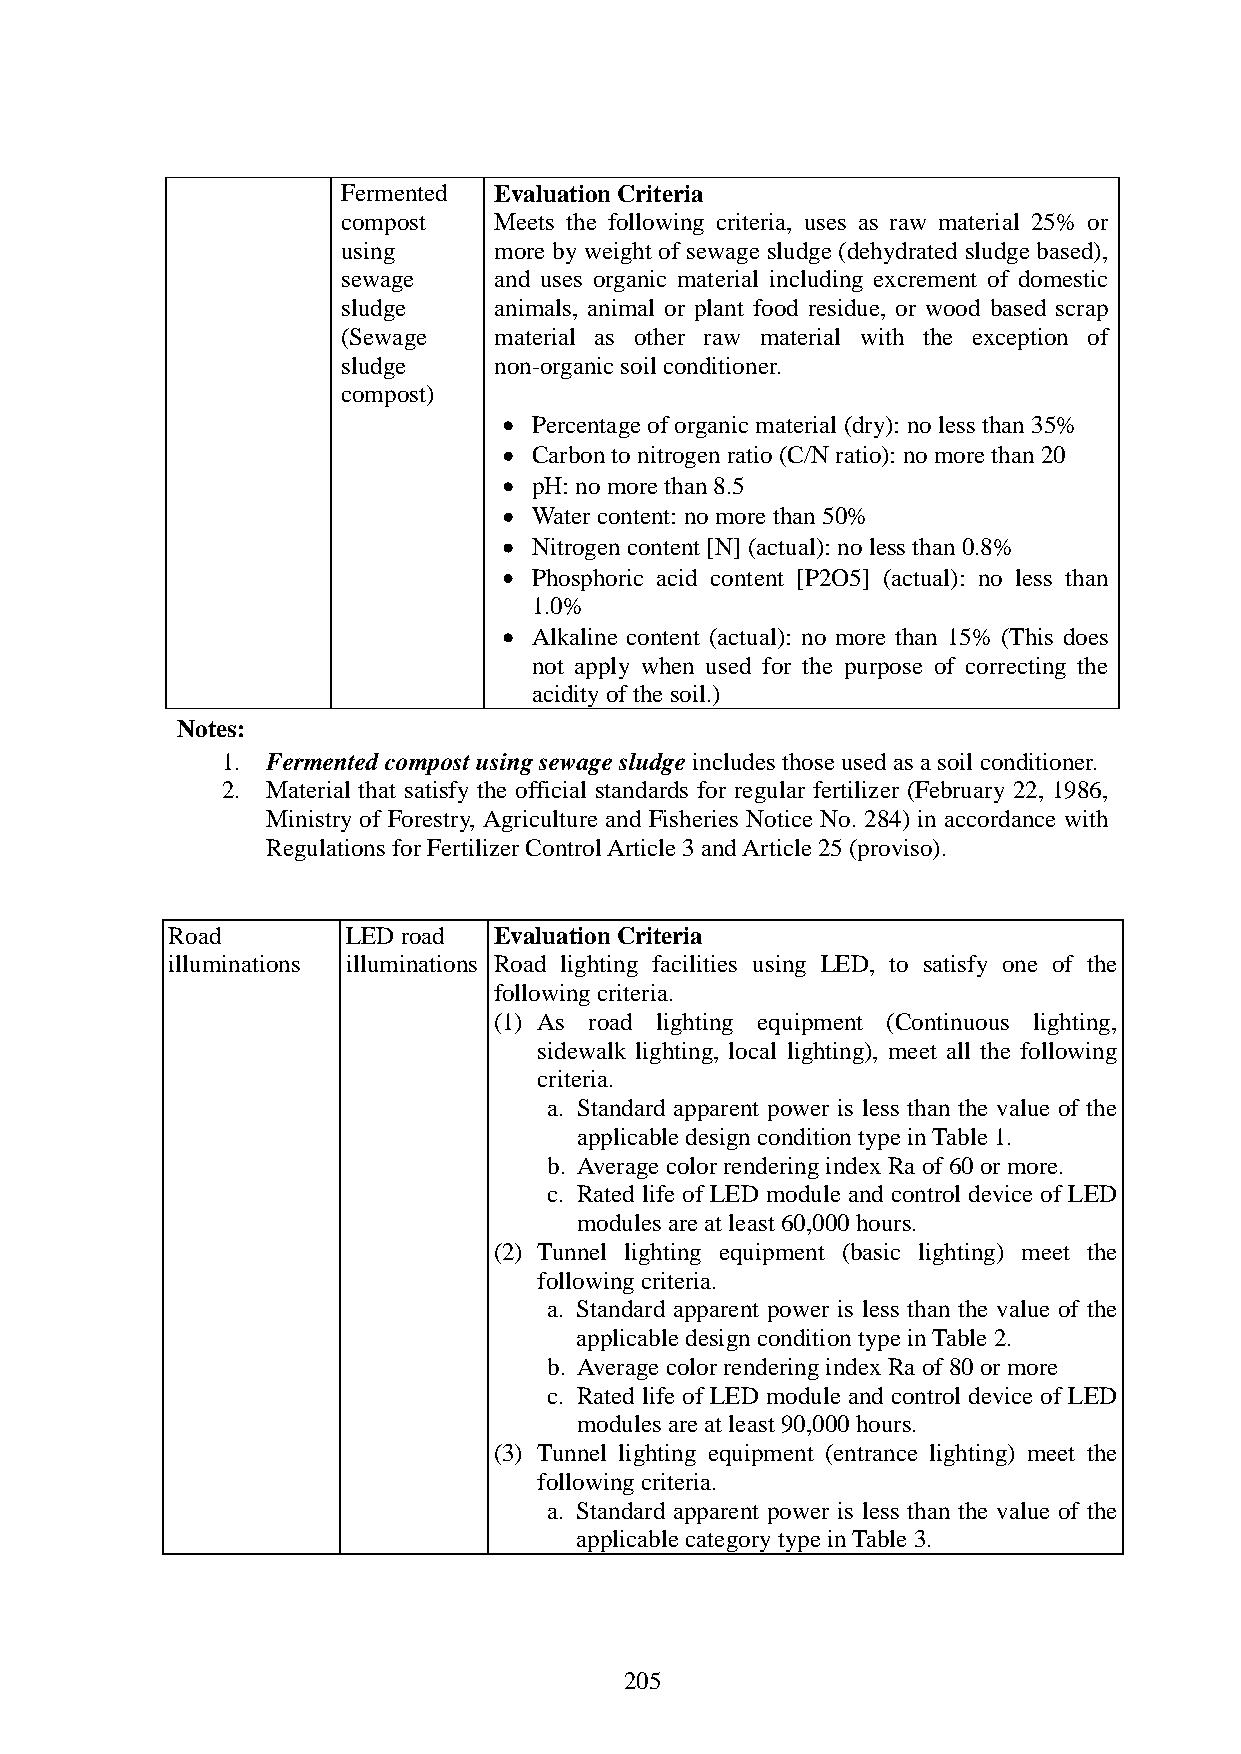
Fermented Evaluation Criteria
 compost   Meets the following criteria, uses as raw material 25% or
 using     more by weight of sewage sludge (dehydrated sludge based),
 sewage    and uses organic material including excrement of domestic
 sludge    animals, animal or plant food residue, or wood based scrap
 (Sewage   material as other raw material with the exception of
 sludge    non-organic soil conditioner.
 compost)
 Percentage of organic material (dry): no less than 35%
 Carbon to nitrogen ratio (C/N ratio): no more than 20
 pH: no more than 8.5
 Water content: no more than 50%
 Nitrogen content [N] (actual): no less than 0.8%
 Phosphoric acid content [P2O5] (actual): no less than
 1.0%
 Alkaline content (actual): no more than 15% (This does
 not apply when used for the purpose of correcting the
 acidity of the soil.)
 Notes:
 1. Fermented compost using sewage sludge includes those used as a soil conditioner.
 2. Material that satisfy the official standards for regular fertilizer (February 22, 1986,
 Ministry of Forestry, Agriculture and Fisheries Notice No. 284) in accordance with
 Regulations for Fertilizer Control Article 3 and Article 25 (proviso).
 Road        LED road  Evaluation Criteria
 illuminations illuminations Road lighting facilities using LED, to satisfy one of the
 following criteria.
 (1) As road lighting equipment (Continuous lighting,
 sidewalk lighting, local lighting), meet all the following
 criteria.
 a. Standard apparent power is less than the value of the
 applicable design condition type in Table 1.
 b. Average color rendering index Ra of 60 or more.
 c. Rated life of LED module and control device of LED
 modules are at least 60,000 hours.
 (2) Tunnel lighting equipment (basic lighting) meet the
 following criteria.
 a. Standard apparent power is less than the value of the
 applicable design condition type in Table 2.
 b. Average color rendering index Ra of 80 or more
 c. Rated life of LED module and control device of LED
 modules are at least 90,000 hours.
 (3) Tunnel lighting equipment (entrance lighting) meet the
 following criteria.
 a. Standard apparent power is less than the value of the
 applicable category type in Table 3.
 205